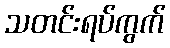
သတင်းရပ်ကွက်